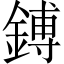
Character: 鎛